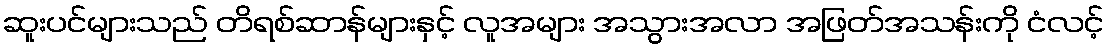
ဆူးပင်များသည် တိရစ်ဆာန်များနှင့် လူအများ အသွားအလာ အဖြတ်အသန်းကို ငံလင့်